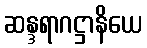
ဆန္ဒရာဂဋ္ဌာနိယေ